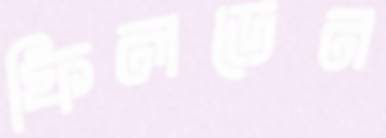
ফিলডেন